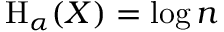
\mathrm { H } _ { \alpha } ( X ) = \log n